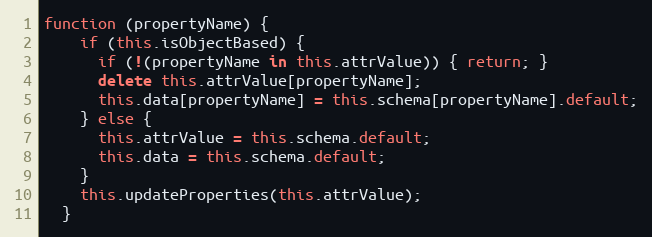
Language: JavaScript
function (propertyName) {
    if (this.isObjectBased) {
      if (!(propertyName in this.attrValue)) { return; }
      delete this.attrValue[propertyName];
      this.data[propertyName] = this.schema[propertyName].default;
    } else {
      this.attrValue = this.schema.default;
      this.data = this.schema.default;
    }
    this.updateProperties(this.attrValue);
  }